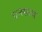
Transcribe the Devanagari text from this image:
घनसत्व